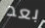
بعد